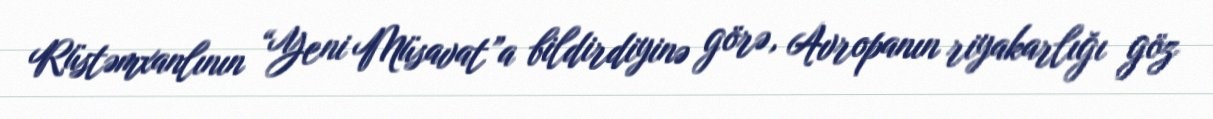
Rüstəmxanlının “Yeni Müsavat”a bildirdiyinə görə, Avropanın riyakarlığı göz